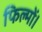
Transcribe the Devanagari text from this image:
फिल्मों।